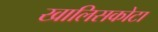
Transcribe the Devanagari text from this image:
खालिसकोटा